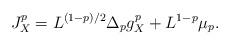
LaTeX: \begin{align*}J_X^p = L^{(1-p)/2} \Delta_p g_X^p + L^{1-p} \mu_p. \end{align*}